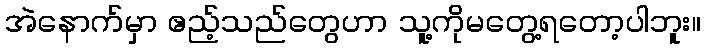
အဲနောက်မှာ ဧည့်သည်တွေဟာ သူ့ကိုမတွေ့ရတော့ပါဘူး။